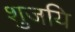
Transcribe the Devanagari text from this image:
शुजयि